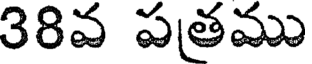
38వ పత్రము